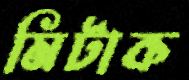
মিটাক